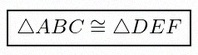
\triangle ABC\cong\triangle DEF